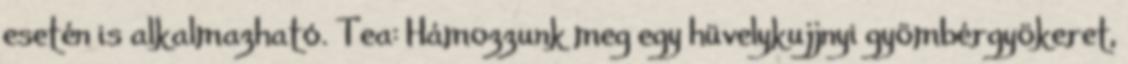
esetén is alkalmazható. Tea: Hámozzunk meg egy hüvelykujjnyi gyömbérgyökeret,